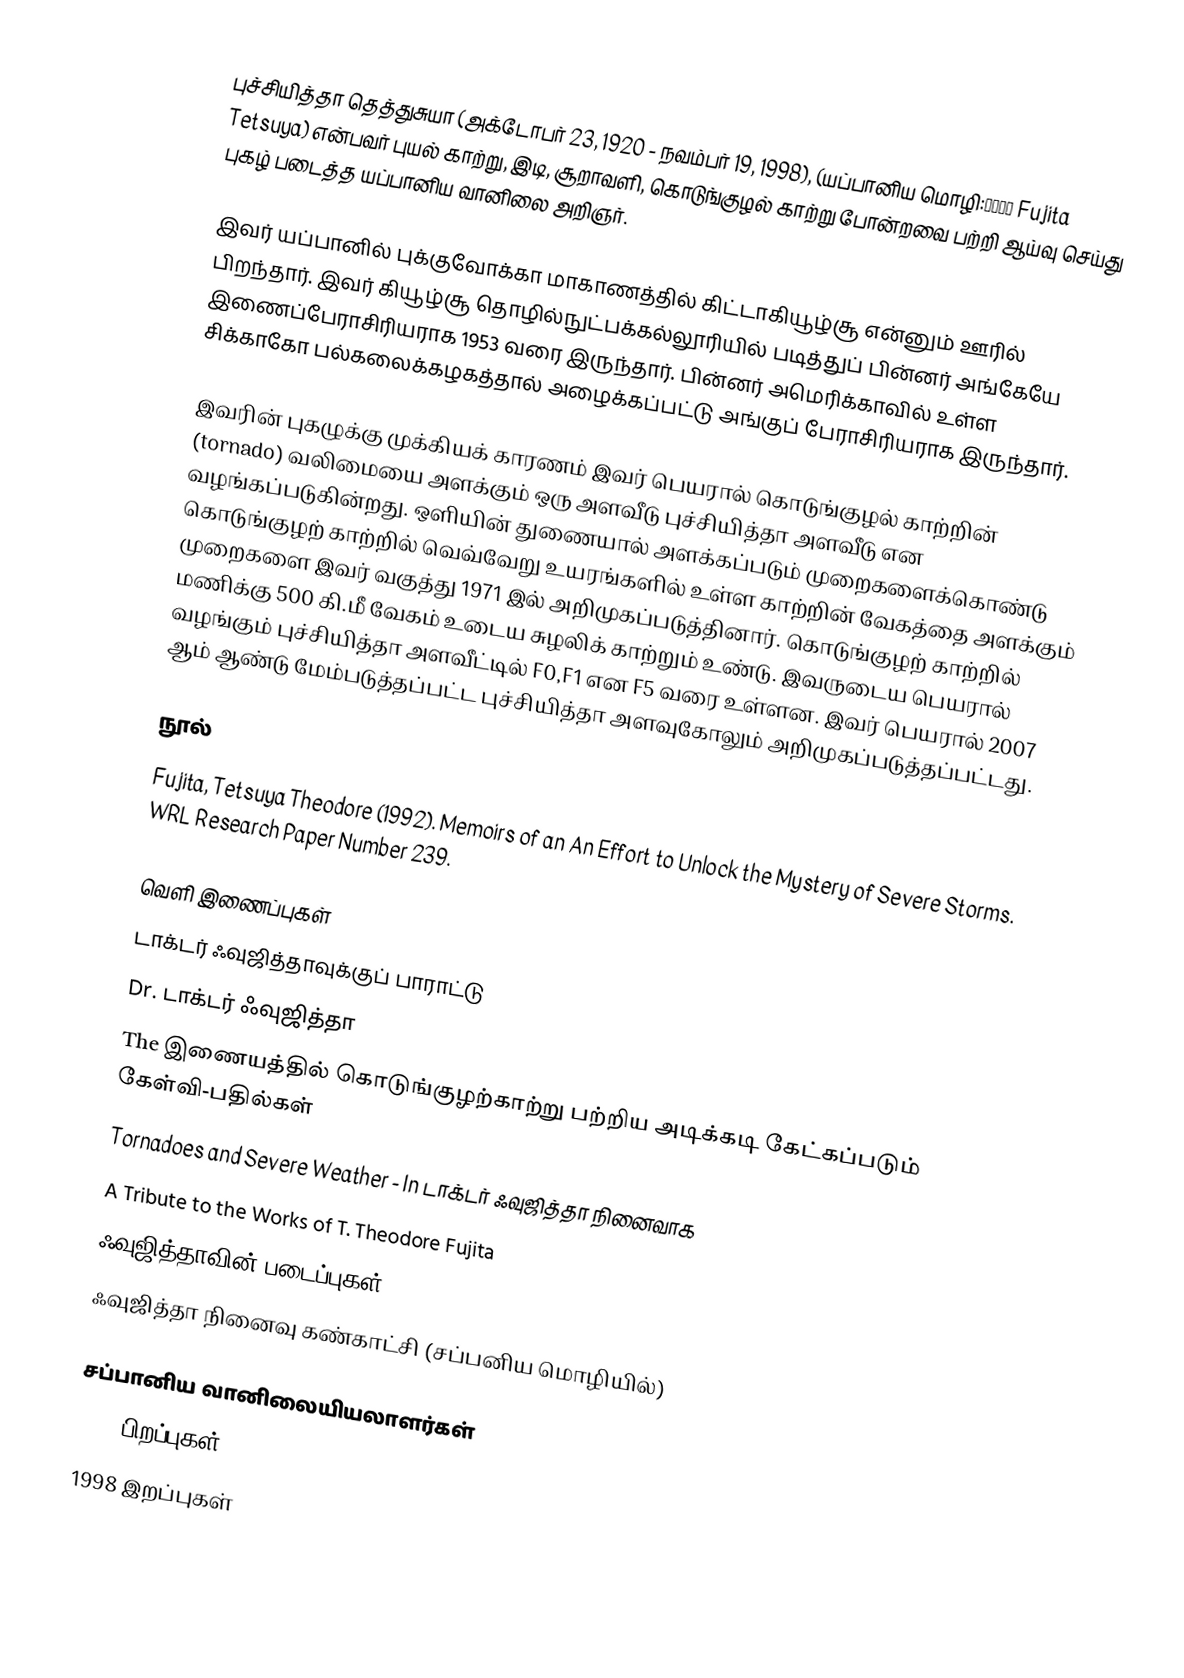
புச்சியித்தா தெத்துசுயா (அக்டோபர் 23, 1920 - நவம்பர் 19, 1998), (யப்பானிய மொழி:藤田哲也 Fujita Tetsuya) என்பவர் புயல் காற்று, இடி, சூறாவளி, கொடுங்குழல் காற்று போன்றவை பற்றி ஆய்வு செய்து புகழ் படைத்த யப்பானிய வானிலை அறிஞர்.

இவர் யப்பானில் புக்குவோக்கா மாகாணத்தில் கிட்டாகியூழ்சூ என்னும் ஊரில் பிறந்தார். இவர் கியூழ்சூ தொழில்நுட்பக்கல்லூரியில் படித்துப் பின்னர் அங்கேயே இணைப்பேராசிரியராக 1953 வரை இருந்தார். பின்னர் அமெரிக்காவில் உள்ள சிக்காகோ பல்கலைக்கழகத்தால் அழைக்கப்பட்டு அங்குப் பேராசிரியராக இருந்தார்.

இவரின் புகழுக்கு முக்கியக் காரணம் இவர் பெயரால் கொடுங்குழல் காற்றின் (tornado) வலிமையை அளக்கும் ஒரு அளவீடு புச்சியித்தா அளவீடு என வழங்கப்படுகின்றது. ஒளியின் துணையால் அளக்கப்படும் முறைகளைக்கொண்டு கொடுங்குழற் காற்றில் வெவ்வேறு உயரங்களில் உள்ள காற்றின் வேகத்தை அளக்கும் முறைகளை இவர் வகுத்து 1971 இல் அறிமுகப்படுத்தினார். கொடுங்குழற் காற்றில் மணிக்கு 500 கி.மீ வேகம் உடைய சுழலிக் காற்றும் உண்டு. இவருடைய பெயரால் வழங்கும் புச்சியித்தா அளவீட்டில் F0,F1 என F5 வரை உள்ளன. இவர் பெயரால் 2007 ஆம் ஆண்டு மேம்படுத்தப்பட்ட புச்சியித்தா அளவுகோலும் அறிமுகப்படுத்தப்பட்டது.

நூல்
 Fujita, Tetsuya Theodore (1992). Memoirs of an An Effort to Unlock the Mystery of Severe Storms. WRL Research Paper Number 239.

வெளி இணைப்புகள்
 டாக்டர் ஃவுஜித்தாவுக்குப் பாராட்டு
 Dr. டாக்டர் ஃவுஜித்தா
 The இணையத்தில் கொடுங்குழற்காற்று பற்றிய அடிக்கடி கேட்கப்படும் கேள்வி-பதில்கள்
 Tornadoes and Severe Weather - In டாக்டர் ஃவுஜித்தா நினைவாக
 A Tribute to the Works of T. Theodore Fujita
 ஃவுஜித்தாவின் படைப்புகள்
 ஃவுஜித்தா நினைவு கண்காட்சி  (சப்பனிய மொழியில்)

சப்பானிய வானிலையியலாளர்கள்
1920 பிறப்புகள்
1998 இறப்புகள்